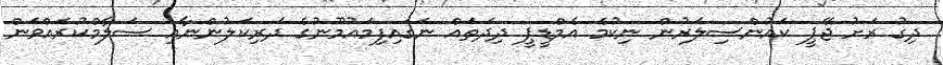
ދިގު ރަށު ޖޭޕީ ކައުންސިލަރުން ނިކުމެ އެމްޑީޕީ ދިދަތައް ނަގައިފިމައުމޫނުގެ ދަރިކަލުންނާއި ސަލާމްކުރައްވަން